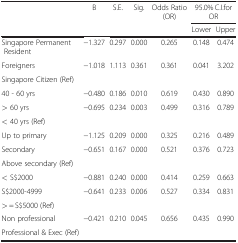
|  | B | S.E. | Sig. | Odds Ratio (OR) | <COLSPAN=2> 95.0% C.I.for OR |
 |  |  |  |  |  | Lower | Upper |
 | --- | --- | --- | --- | --- | --- | --- |
 | Singapore Permanent Resident | −1.327 | 0.297 | 0.000 | 0.265 | 0.148 | 0.474 |
 | Foreigners | −1.018 | 1.113 | 0.361 | 0.361 | 0.041 | 3.202 |
 | Singapore Citizen (Ref) |  |  |  |  |  |  |
 | 40 - 60 yrs | −0.480 | 0.186 | 0.010 | 0.619 | 0.430 | 0.890 |
 | > 60 yrs | −0.695 | 0.234 | 0.003 | 0.499 | 0.316 | 0.789 |
 | < 40 yrs (Ref) |  |  |  |  |  |  |
 | Up to primary | −1.125 | 0.209 | 0.000 | 0.325 | 0.216 | 0.489 |
 | Secondary | −0.651 | 0.167 | 0.000 | 0.521 | 0.376 | 0.723 |
 | Above secondary (Ref) |  |  |  |  |  |  |
 | < S$2000 | −0.881 | 0.240 | 0.000 | 0.414 | 0.259 | 0.663 |
 | S$2000-4999 | −0.641 | 0.233 | 0.006 | 0.527 | 0.334 | 0.831 |
 | > = S$5000 (Ref) |  |  |  |  |  |  |
 | Non professional | −0.421 | 0.210 | 0.045 | 0.656 | 0.435 | 0.990 |
 | Professional & Exec (Ref) |  |  |  |  |  |  |